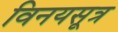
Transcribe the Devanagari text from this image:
विनयसूत्र